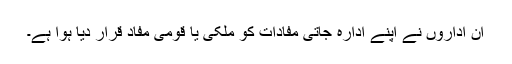
ان اداروں نے اپنے ادارہ جاتی مفادات کو ملکی یا قومی مفاد قرار دیا ہوا ہے۔